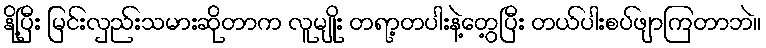
နို့ပြီး မြင်းလှည်းသမားဆိုတာက လူမျိုး တရာ့တပါးနဲ့တွေ့ပြီး တယ်ပါးစပ်ဖျာကြတာဘဲ။